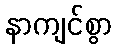
နာကျင်စွာ